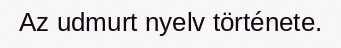
Az udmurt nyelv története.